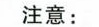
注意：